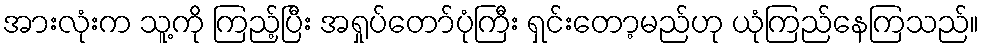
အားလုံးက သူ့ကို ကြည့်ပြီး အရှုပ်တော်ပုံကြီး ရှင်းတော့မည်ဟု ယုံကြည်နေကြသည်။